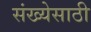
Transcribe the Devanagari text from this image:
संख्‍येसाठी